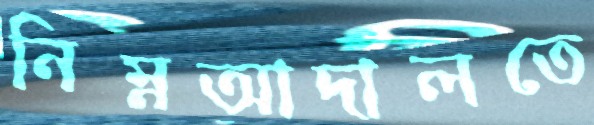
নিম্নআদালতে